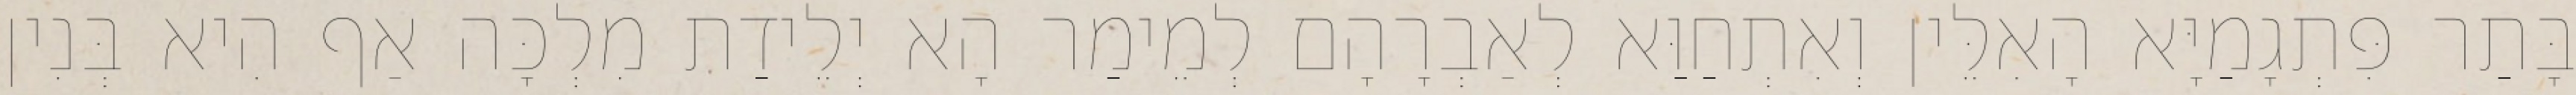
בָּתַר פִּתְגָמַיָּא הָאִלֵּין וְאִתְחַוַּא לְאַבְרָהָם לְמֵימַר הָא יְלֵידַת מִלְכָּה אַף הִיא בְּנִין